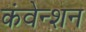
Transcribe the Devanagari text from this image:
कंवेन्शन